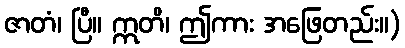
ဇာတံ၊ ပြီ။ ဣတိ၊ ဤကား အဖြေတည်း။)